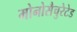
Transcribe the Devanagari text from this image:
मोनोसैचुरेटेड